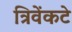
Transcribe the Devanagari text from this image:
त्रिवेंकटे